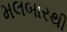
મલબારથી